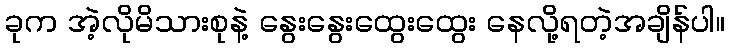
ခုက အဲ့လိုမိသားစုနဲ့ နွေးနွေးထွေးထွေး နေလို့ရတဲ့အချိန်ပါ။